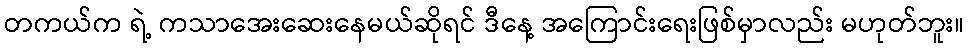
တကယ်က ရဲ့ ကသာအေးဆေးနေမယ်ဆိုရင် ဒီနေ့ အကြောင်းရေးဖြစ်မှာလည်း မဟုတ်ဘူး။